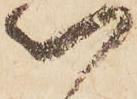
以